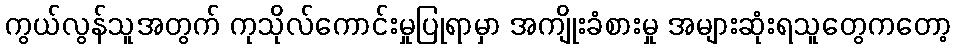
ကွယ်လွန်သူအတွက် ကုသိုလ်ကောင်းမှုပြုရာမှာ အကျိုးခံစားမှု အများဆုံးရသူတွေကတော့